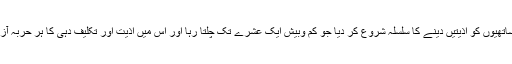
مگر اس میں کامیابی نہ ہوئی تو پھر نبی کریمؐ اور آپ کے ساتھیوں کو اذیتیں دینے کا سلسلہ شروع کر دیا جو کم وبیش ایک عشرے تک چلتا رہا اور اس میں اذیت اور تکلیف دہی کا ہر حربہ آزمایا گیا جس کی تفصیلات سیرت کی کتابوں میں موجود ہیں۔